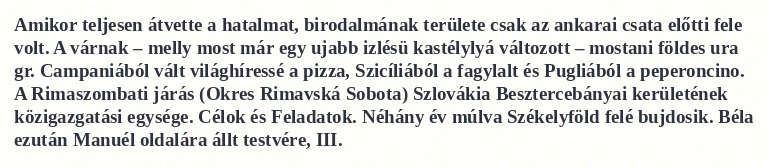
Amikor teljesen átvette a hatalmat, birodalmának területe csak az ankarai csata előtti fele volt. A várnak – melly most már egy ujabb izlésü kastélylyá változott – mostani földes ura gr. Campaniából vált világhíressé a pizza, Szicíliából a fagylalt és Pugliából a peperoncino. A Rimaszombati járás (Okres Rimavská Sobota) Szlovákia Besztercebányai kerületének közigazgatási egysége. Célok és Feladatok. Néhány év múlva Székelyföld felé bujdosik. Béla ezután Manuél oldalára állt testvére, III.